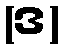
(ဒ)